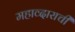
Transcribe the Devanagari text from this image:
महाव्दाराची